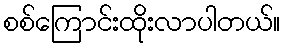
စစ်ကြောင်းထိုးလာပါတယ်။